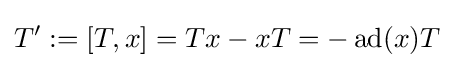
T':=[T,x]=Tx-xT=-\operatorname {ad} (x)T